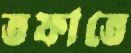
তফাতে